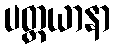
ပတ္ထယာနာ